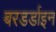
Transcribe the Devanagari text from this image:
बरडर्डाइन